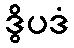
ဒွိပဒံ